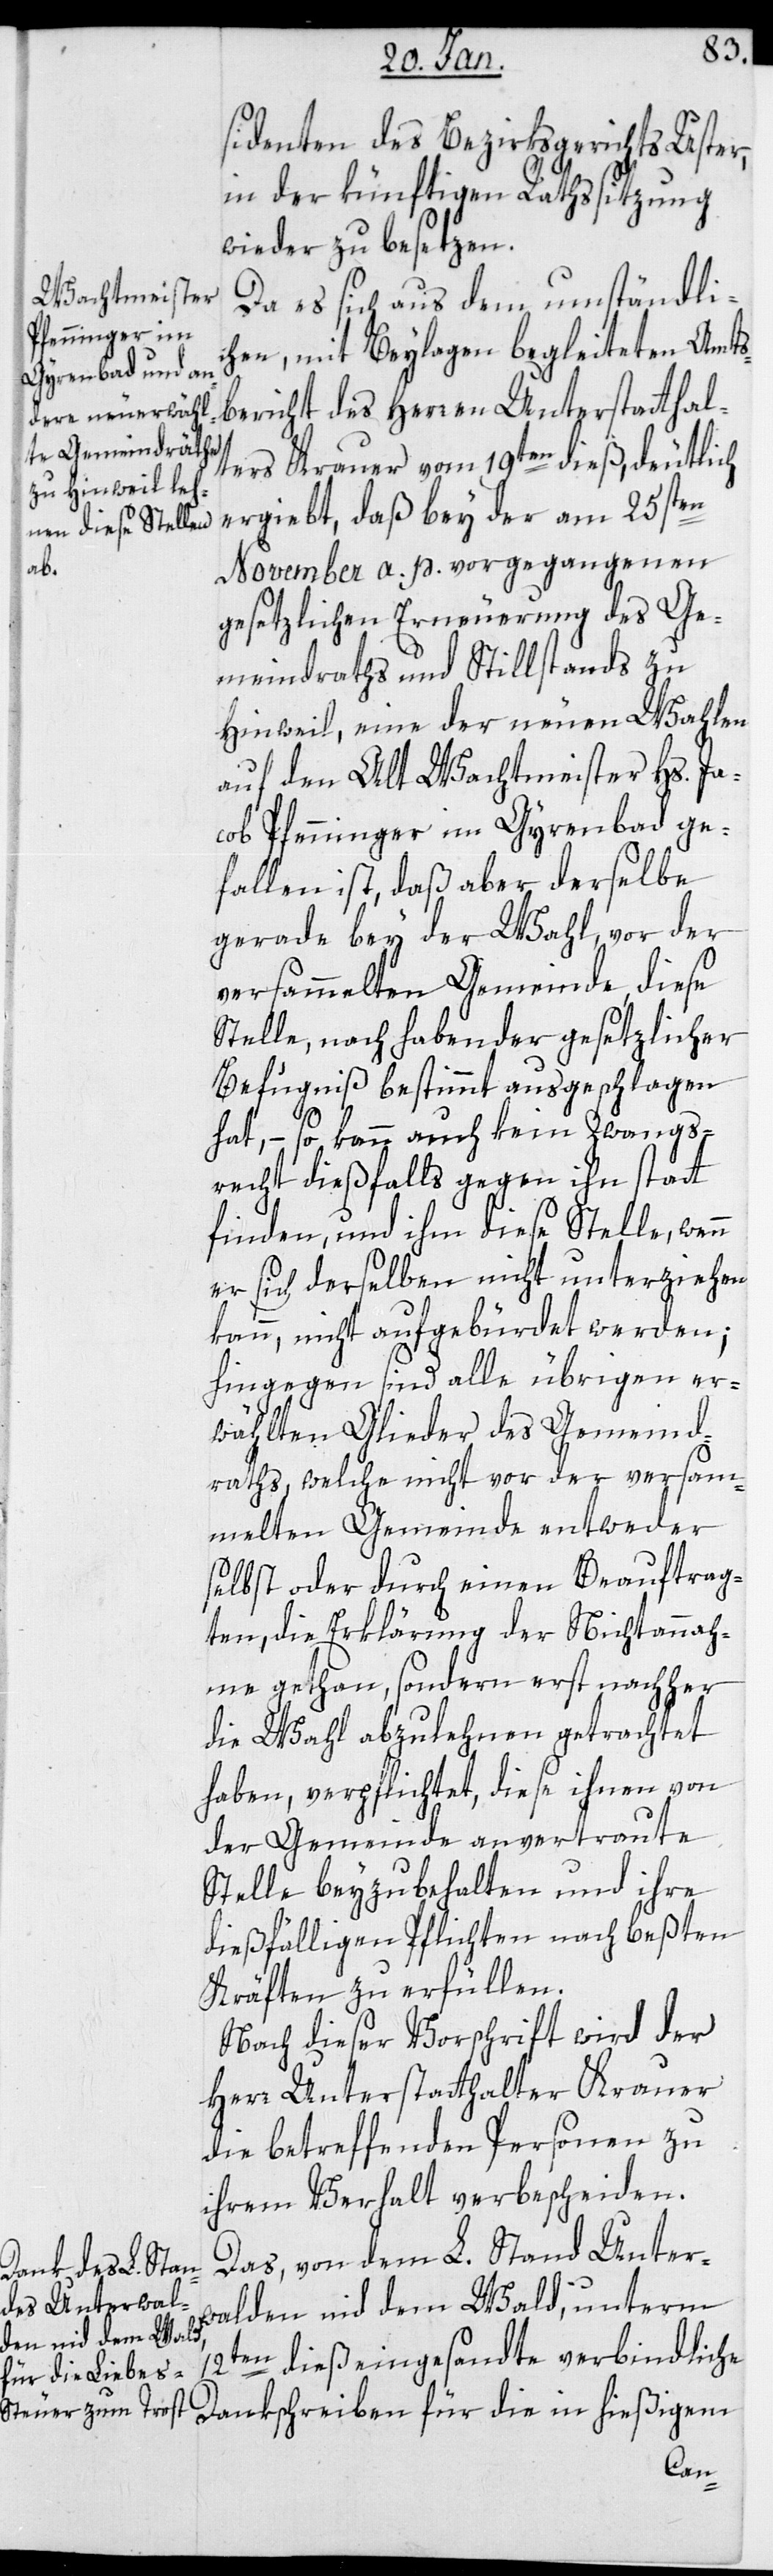
sidenten des Bezirksgerichts Uster,
in der künftigen Rathssitzung
wieder zu besetzen.
Da es sich aus dem umständli¬
chen mit Beylagen begleiteten Amts¬
bericht des Herren Unterstatthal¬
ters Krauer vom 19ten dieß, deutlich
ergibt, daß bey der am 25sten
November a. p. vorgegangenen
gesetzlichen Erneuerung des Ge¬
meindraths und Stillstands zu
Hinweil, eine der neuen Wahlen
auf den Alt Wachtmeister Hs. Ja¬
cob Pfenninger im Gyrenbad ge¬
fallen ist, daß aber derselbe
gerade bey der Wahl, vor der
versammelten Gemeinde, diese
Stelle nach habender gesetzlicher
Befugniß bestimmt ausgeschlagen
hat, – so kann auch kein Zwangs¬
recht dießfalls gegen ihn statt¬
finden, und ihm diese Stelle, wen¬
er sich derselben nicht unterziehen
kann, nicht aufgebürdet werden;
hingegen sind alle übrigen er¬
wählten Glieder des Gemeind¬
raths, welche nicht vor der versam¬
melten Gemeinde entweder
selbst oder durch einen Beauftrag¬
ten, die Erklärung der Nichtannah¬
me gethan, sondern erst nachher
die Wahl abzulehnen getrachtet
haben, verpflichtet, diese ihnen von
der Gemeinde anvertraute
Stelle beyzubehalten und ihre
dießfälligen Pflichten nach beßten
Kräften zu erfüllen.
Nach dieser Vorschrift wird der
Herr Unterstatthalter Krauer
die betreffenden Personen zu
ihrem Verhalt verbescheiden.
Das von dem L. Stand Unter¬
walden nid dem Wald, unterm
12ten dieß eingesandte verbindliche
Dankschreiben für die in hießigem
n